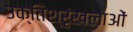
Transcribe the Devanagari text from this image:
उक्तिश्रृंखलाओं